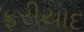
ફરીયાદ